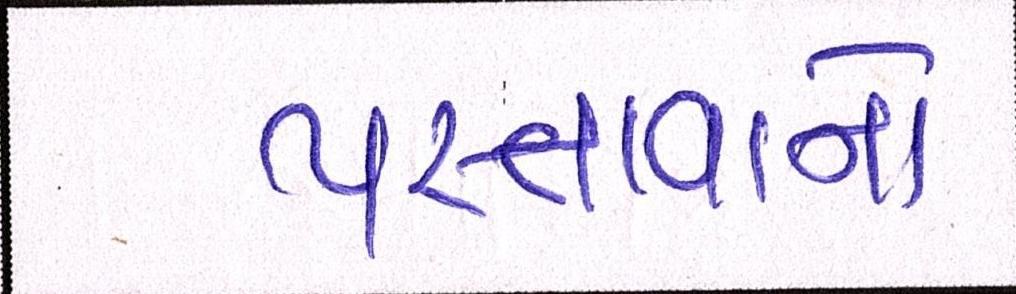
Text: પસ્તાવાનો